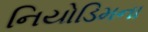
નિયોડિમના